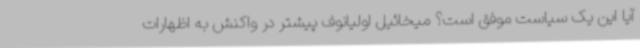
آیا این یک سیاست موفق است؟ میخائیل اولیانوف پیشتر در واکنش به اظهارات